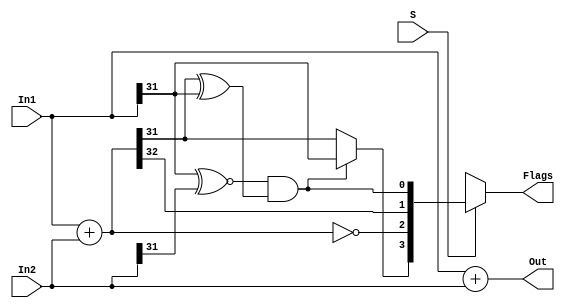
module adder (In1, In2, Out, S, Flags);
    input signed [31:0] In1, In2;
    input S;
    output wire signed [31:0] Out;
    output wire [3:0] Flags;
    wire [3:0] fgs;
    wire [32:0] Result;
    wire [31:0] Un_In1, Un_In2;

    assign Un_In1 = {1'b0, In1};
    assign Un_In2 = {1'b0, In2};
    assign Result = Un_In1 + Un_In2;
    assign Out = In1 + In2;
    assign fgs[3] = ((In1[31] ~^ In2[31]) & (Result[31] ^ In1[31])) ? (In1[31]) : 
                        Result[31];
    assign fgs[2] = (Result == 33'b0);
    assign fgs[1] = Result[32];
    assign fgs[0] = (In1[31] ~^ In2[31]) & (Result[31] ^ In1[31]);
    assign Flags = S ? fgs : 4'bx;
endmodule